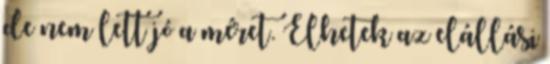
de nem lett jó a méret. Élhetek az elállási